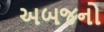
અબજનો